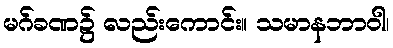
မဂ်ခဏ၌ လည်းကောင်း။ သမာနဘာဝါ၊